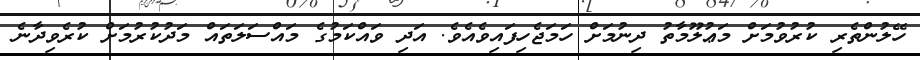
ހޭލުންތެރި ކުރުވުމަށް މަޢުލޫމާތު ދިނުމަށް ހަމަޖެހިފައިވެއެވެ. އަަދި ވައްކަމުގެ މައްސަލަތައް މަދުކުރުމަށް ކުރެވިދާނެ